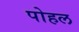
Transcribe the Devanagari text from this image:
पोहल